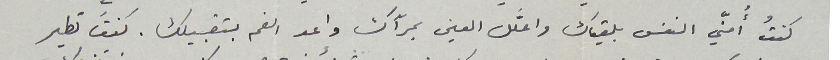
كنتُ أُمنّي النفس بلقياك واعَلّل العين بمرآك واعد الفم بتقبيلك. كنتَ تطير